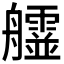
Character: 𦫄